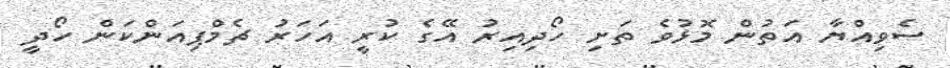
ސެވިއްޔާ އަތުން މޮޅުވެ ތަށި ހޯދިއިރު އޭގެ ކުރީ އަހަރު ޗެމްޕިއަންކަން ހޯދީ